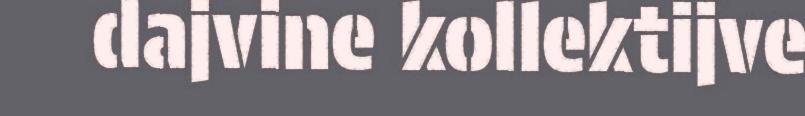
dajvine kollektijve